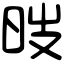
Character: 㫞